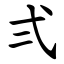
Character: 弍